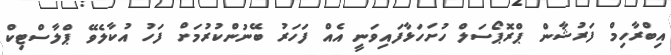
އިބްރާހިމް ފަރުޝާން ޕްރޮޕޯސަލް ހުށަހަޅާފައިވަނީ އެއް ފަހަރު ބޭނުންކުރުމަށް ފަހު އުކާލެވޭ ޕްލާސްޓިކް